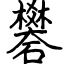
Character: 礬